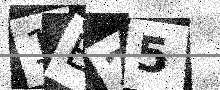
Text: 1E25